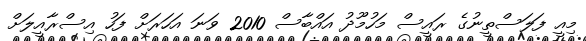
މިއީ ފަލަސްތީނުގެ ރައީސް މަހުމޫދު އައްބާސް 2010 ވަނަ އަހަރަށް ފަހު އިސްރާއީލަށް